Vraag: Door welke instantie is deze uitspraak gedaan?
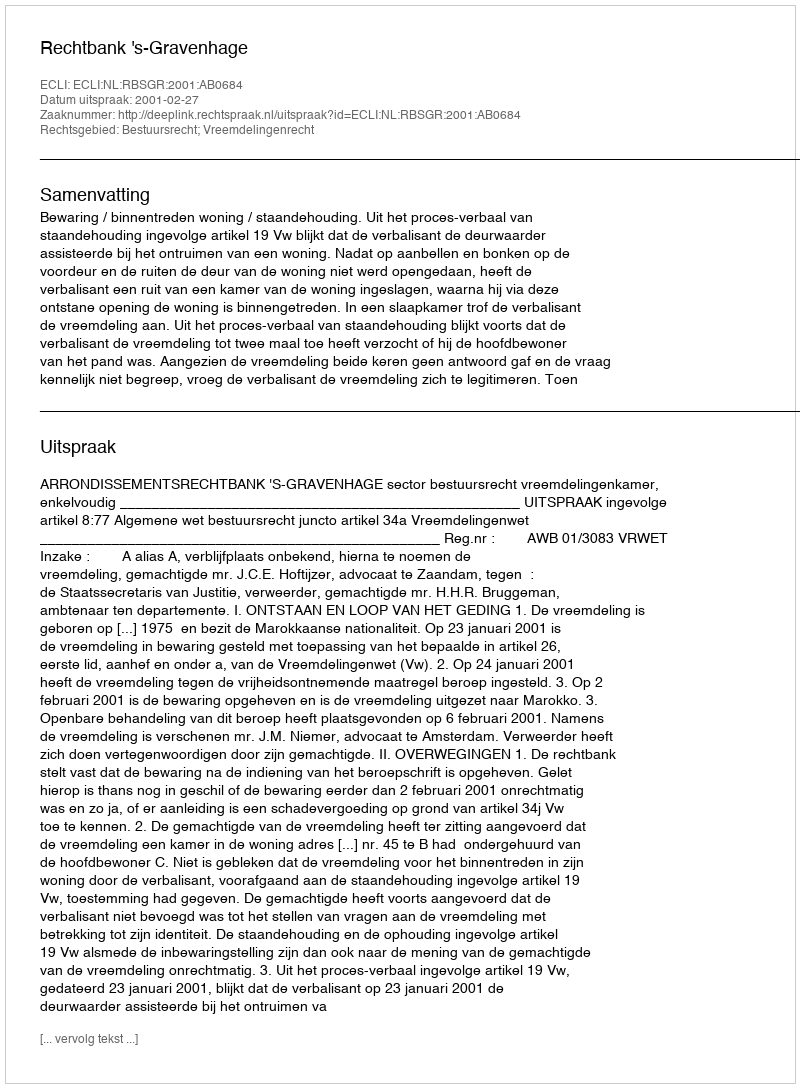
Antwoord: Rechtbank 's-Gravenhage